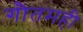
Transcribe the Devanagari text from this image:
गौतमही